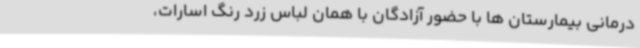
درمانی بیمارستان ها با حضور آزادگان با همان لباس زرد رنگ اسارات،